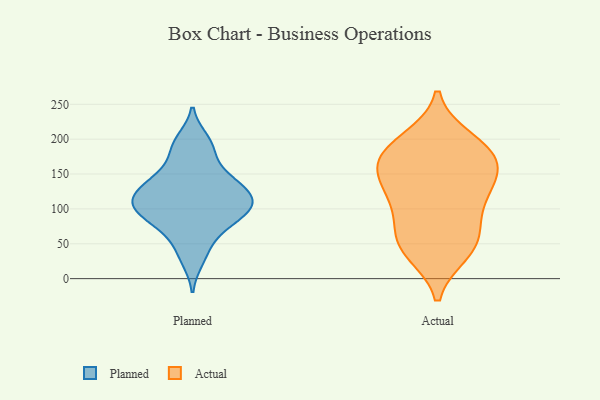
{"axis": {"x": "Humidity (%)", "y": "Value"}, "legend": ["Actual", "Planned"], "data": [{"x": "", "y": 28, "type": "Planned"}, {"x": "", "y": 83, "type": "Planned"}, {"x": "", "y": 78, "type": "Planned"}, {"x": "", "y": 111, "type": "Planned"}, {"x": "", "y": 147, "type": "Planned"}, {"x": "", "y": 106, "type": "Planned"}, {"x": "", "y": 117, "type": "Planned"}, {"x": "", "y": 72, "type": "Planned"}, {"x": "", "y": 96, "type": "Planned"}, {"x": "", "y": 149, "type": "Planned"}, {"x": "", "y": 98, "type": "Planned"}, {"x": "", "y": 141, "type": "Planned"}, {"x": "", "y": 132, "type": "Planned"}, {"x": "", "y": 105, "type": "Planned"}, {"x": "", "y": 185, "type": "Planned"}, {"x": "", "y": 123, "type": "Planned"}, {"x": "", "y": 198, "type": "Planned"}, {"x": "", "y": 190, "type": "Planned"}, {"x": "", "y": 43, "type": "Planned"}, {"x": "", "y": 114, "type": "Planned"}, {"x": "", "y": 45, "type": "Actual"}, {"x": "", "y": 89, "type": "Actual"}, {"x": "", "y": 112, "type": "Actual"}, {"x": "", "y": 199, "type": "Actual"}, {"x": "", "y": 38, "type": "Actual"}, {"x": "", "y": 182, "type": "Actual"}, {"x": "", "y": 112, "type": "Actual"}, {"x": "", "y": 162, "type": "Actual"}, {"x": "", "y": 144, "type": "Actual"}, {"x": "", "y": 57, "type": "Actual"}, {"x": "", "y": 183, "type": "Actual"}, {"x": "", "y": 185, "type": "Actual"}, {"x": "", "y": 154, "type": "Actual"}, {"x": "", "y": 140, "type": "Actual"}, {"x": "", "y": 51, "type": "Actual"}]}